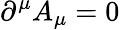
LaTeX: \partial^{\mu}A_{\mu}=0